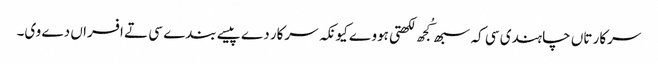
سرکار تاں چاہندی سی کہ سبھ کُجھ لکھتی ہووے کیونکہ سرکار دے پیسے بندے سی تے افسراں دے وی۔